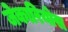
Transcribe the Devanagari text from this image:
जेकारियोस